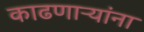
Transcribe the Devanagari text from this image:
काढणाऱ्यांना